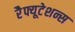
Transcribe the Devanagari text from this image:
रेैफ्यूटेशन्स